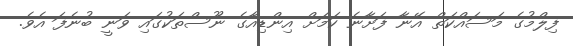
ފިލްމުގެ މަސައްކަތް އޭނާ ފަށާނެ ކަމަށް އިންޑިއާގެ ނޫސްތަކުގައި ވަނީ ބުނެފަ އެވެ.